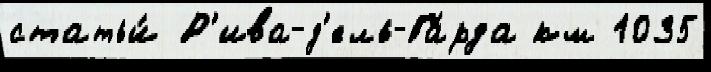
статьи́ Р'ива-д'ель-Га́рда км 1035